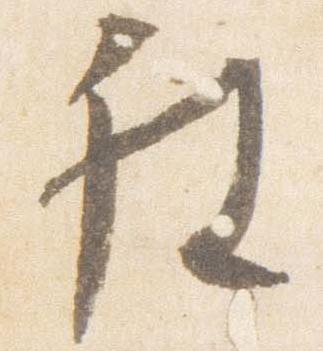
被